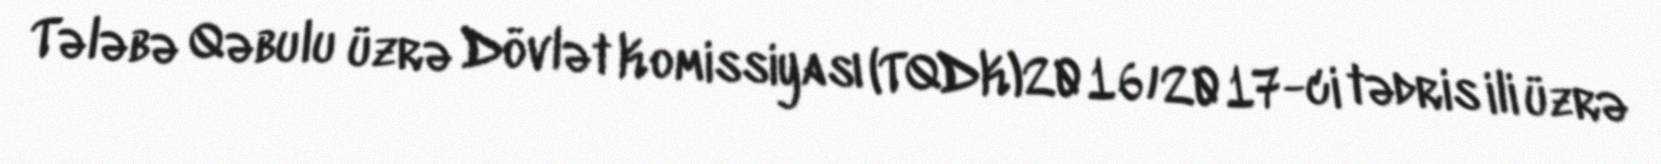
Tələbə Qəbulu üzrə Dövlət Komissiyası (TQDK)2016/2017-ci tədris ili üzrə